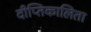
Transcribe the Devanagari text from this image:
दीप्तिकालिता